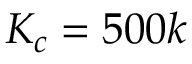
K _ { c } = 5 0 0 k